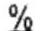
%